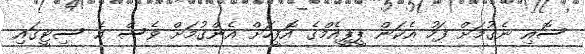
ސޮއި ނެގުމަށް ފަހު އެކަން ޕީޕީއެމްގެ އޮފީހަށް އެންގުމަށް ވެސް އެ ސިޓީގައި